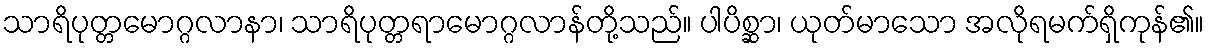
သာရိပုတ္တမောဂ္ဂလာနာ၊ သာရိပုတ္တရာမောဂ္ဂလာန်တို့သည်။ ပါပိစ္ဆာ၊ ယုတ်မာသော အလိုရမက်ရှိကုန်၏။